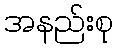
အနည်းစု